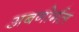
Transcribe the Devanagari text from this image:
अबनोर्मल